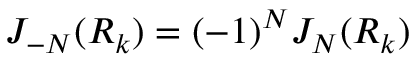
J _ { - N } ( R _ { k } ) = ( - 1 ) ^ { N } J _ { N } ( R _ { k } )